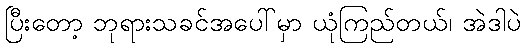
ပြီးတော့ ဘုရားသခင်အပေါ်မှာ ယုံကြည်တယ်၊ အဲဒါပဲ